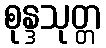
စုန္ဒသုတ္တ